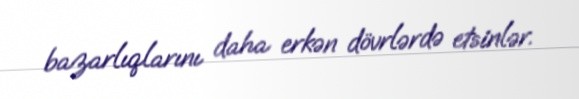
bazarlıqlarını daha erkən dövrlərdə etsinlər.